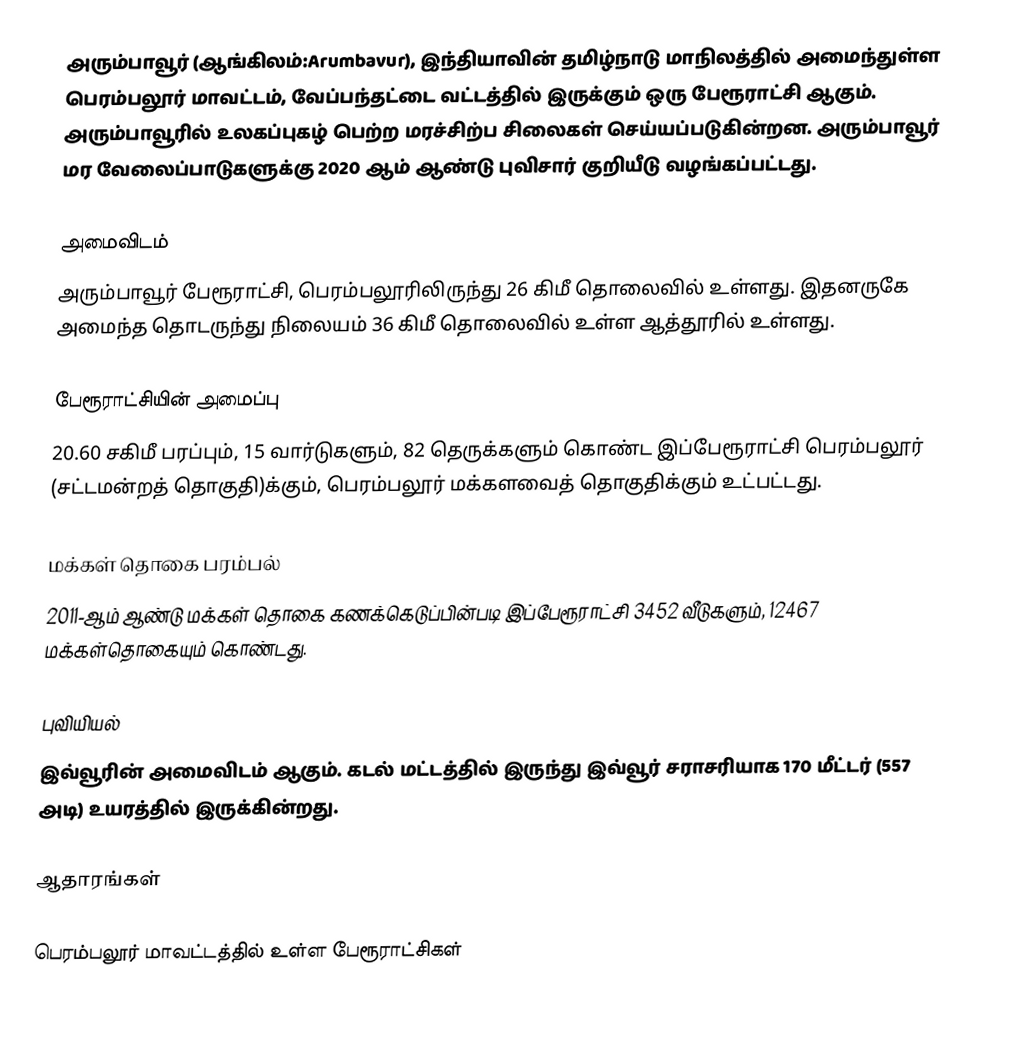
அரும்பாவூர் (ஆங்கிலம்:Arumbavur), இந்தியாவின் தமிழ்நாடு மாநிலத்தில் அமைந்துள்ள பெரம்பலூர் மாவட்டம், வேப்பந்தட்டை வட்டத்தில் இருக்கும் ஒரு பேரூராட்சி ஆகும். அரும்பாவூரில் உலகப்புகழ் பெற்ற மரச்சிற்ப சிலைகள் செய்யப்படுகின்றன. அரும்பாவூர் மர வேலைப்பாடுகளுக்கு 2020 ஆம் ஆண்டு புவிசார் குறியீடு வழங்கப்பட்டது.

அமைவிடம்
அரும்பாவூர் பேரூராட்சி, பெரம்பலூரிலிருந்து 26 கிமீ தொலைவில் உள்ளது. இதனருகே அமைந்த தொடருந்து நிலையம் 36 கிமீ தொலைவில் உள்ள ஆத்தூரில் உள்ளது.

பேரூராட்சியின் அமைப்பு
20.60 சகிமீ பரப்பும், 15 வார்டுகளும்,   82 தெருக்களும்  கொண்ட இப்பேரூராட்சி  பெரம்பலூர் (சட்டமன்றத் தொகுதி)க்கும், பெரம்பலூர் மக்களவைத் தொகுதிக்கும் உட்பட்டது.

மக்கள் தொகை பரம்பல்
2011-ஆம் ஆண்டு மக்கள் தொகை கணக்கெடுப்பின்படி  இப்பேரூராட்சி 3452 வீடுகளும்,   12467 மக்கள்தொகையும் கொண்டது.

புவியியல்
இவ்வூரின் அமைவிடம்  ஆகும். கடல் மட்டத்தில் இருந்து இவ்வூர் சராசரியாக 170 மீட்டர் (557 அடி) உயரத்தில் இருக்கின்றது.

ஆதாரங்கள்

பெரம்பலூர் மாவட்டத்தில் உள்ள பேரூராட்சிகள்